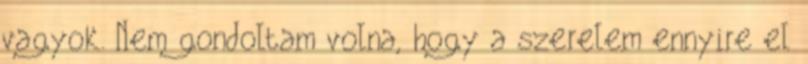
vagyok. Nem gondoltam volna, hogy a szerelem ennyire el